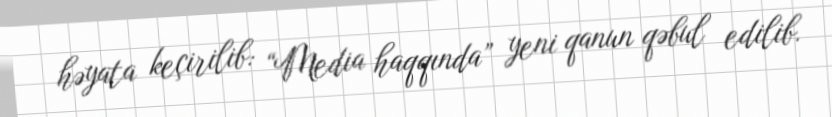
həyata keçirilib: “Media haqqında” yeni qanun qəbul edilib.